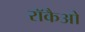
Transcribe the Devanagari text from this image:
रॉकैओ